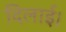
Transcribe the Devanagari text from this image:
दिलाई।